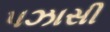
પઝાસી